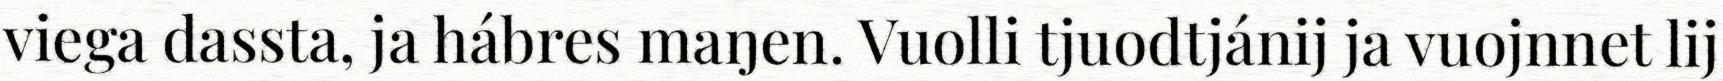
viega dassta, ja hábres maŋen. Vuolli tjuodtjánij ja vuojnnet lij